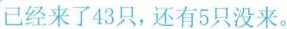
已经来了43只，还有5只没来。